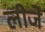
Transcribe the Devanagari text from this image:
लीजे